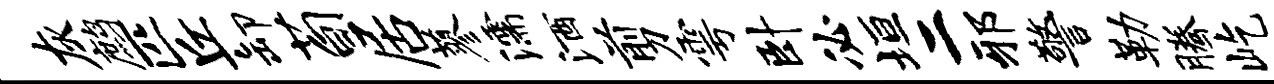
灰鹧匹丘卸荀居蓼濡酒剪雩卧必垣二邪警勒腾屹